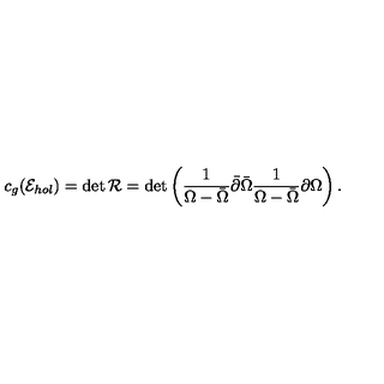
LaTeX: c _ { g } ( { \cal E } _ { h o l } ) = \det { \cal R } = \det \left( { \frac { 1 } { \Omega - \bar { \Omega } } } \bar { \partial } \bar { \Omega } { \frac { 1 } { \Omega - \bar { \Omega } } } \partial \Omega \right) .